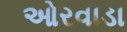
ઓરવાડા